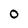
Character: 0